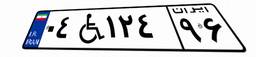
۰۴W۱۲۴۹۶